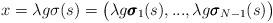
LaTeX: \begin{align*} x=\lambda g\sigma(s)=\big(\lambda g\pmb{\sigma}_{1}(s),...,\lambda g\pmb{\sigma}_{N-1}(s)\big)\end{align*}